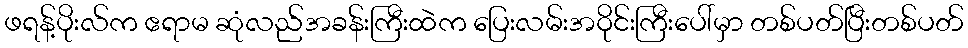
ဖရန့်ပိုးလ်က ဧရာမ ဆုံလည်အခန်းကြီးထဲက ပြေးလမ်းအဝိုင်းကြီးပေါ်မှာ တစ်ပတ်ပြီးတစ်ပတ်